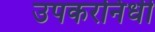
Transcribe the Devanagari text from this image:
उपकरनिधी